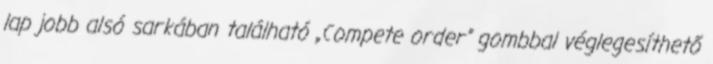
lap jobb alsó sarkában található „Compete order” gombbal véglegesíthető